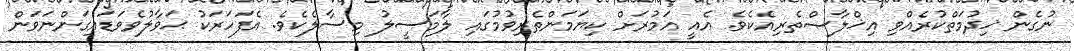
ނުގެން ޚިދުމަތްކުރެއްވި އިޚްލާޞްތެރިއެކެވެ. އެއީ އަމުރަށް ކިޔަމަންތެރިވުމުގައި ލާމަސީލު މިސާލެކެވެ. އެފަހަރަކު ޙަވާލުވެވަޑައިގަންނަވަން